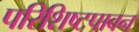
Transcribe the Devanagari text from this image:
परिशिष्टपावन